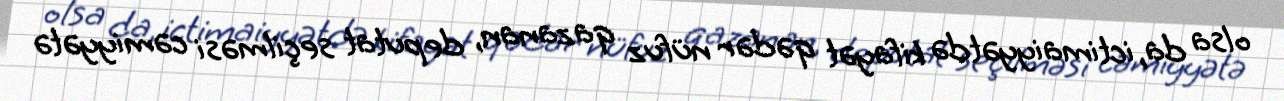
olsa da, ictimaiyyətdə kifayət qədər nüfuz qazanan, deputat seçilməsi cəmiyyətə